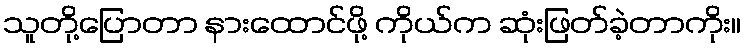
သူတို့ပြောတာ နားထောင်ဖို့ ကိုယ်က ဆုံးဖြတ်ခဲ့တာကိုး။